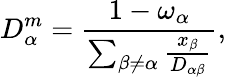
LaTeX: D_{\alpha}^{m}=\frac{1-\omega_{\alpha}}{\sum_{\beta\not=\alpha}\frac{x_{\beta}}{D_{\alpha\beta}}},